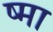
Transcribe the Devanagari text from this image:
ष्मा